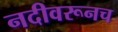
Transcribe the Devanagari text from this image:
नदीवरूनच